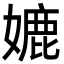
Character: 㜙